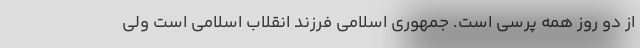
از دو روز همه پرسی است. جمهوری اسلامی فرزند انقلاب اسلامی است ولی